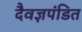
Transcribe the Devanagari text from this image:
दैवज्ञपंडित